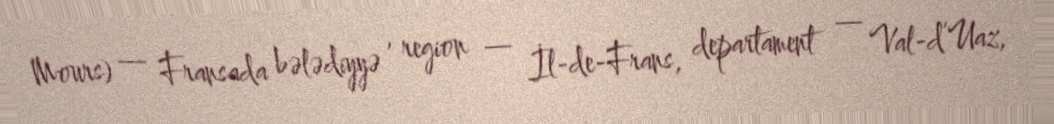
Mours) — Fransada bələdiyyə , region — İl-de-Frans, departament — Val-d’Uaz,